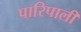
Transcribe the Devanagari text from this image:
पारिपाली